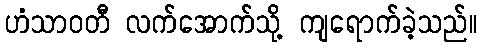
ဟံသာဝတီ လက်အောက်သို့ ကျရောက်ခဲ့သည်။